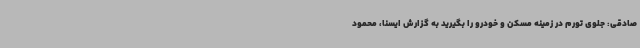
صادقی: جلوی تورم در زمینه مسکن و خودرو را بگیرید به گزارش ایسنا، محمود